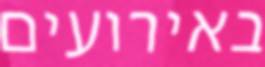
באירועים